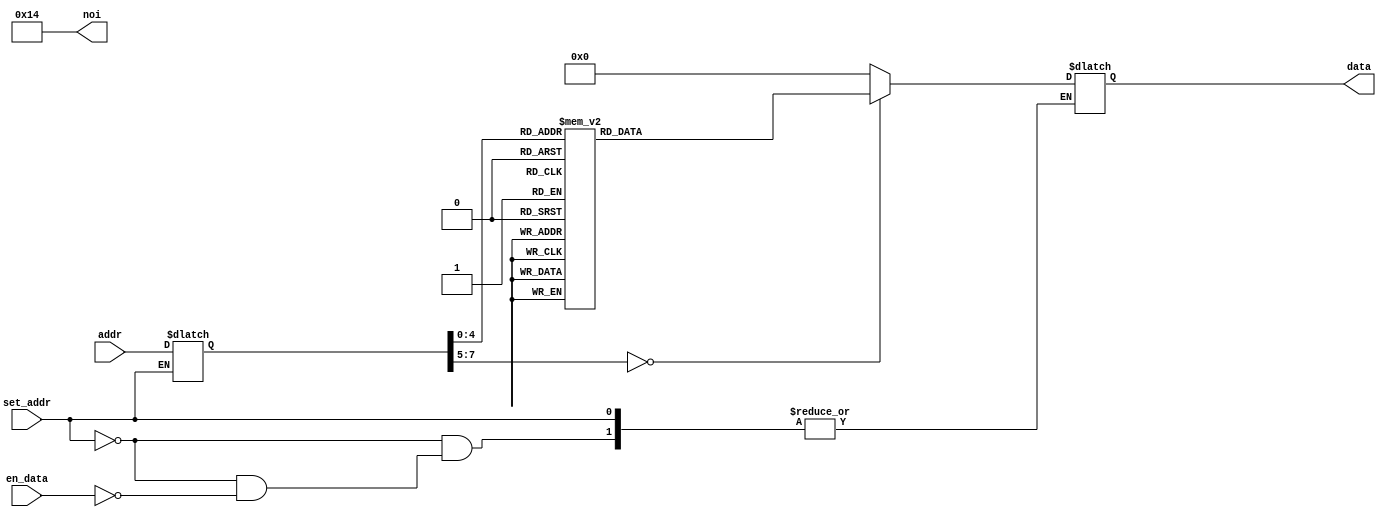
// This program was cloned from: https://github.com/FPGADude/Digital-Design
// License: GNU General Public License v3.0

`timescale 1ns / 1ps
module fibonacci_rom(
    input [7:0] addr,
    input set_addr,
    input en_data,
    output reg [7:0] noi = 8'd20,
    output reg [7:0] data = 8'b0
);

    reg [7:0] addr_reg = 8'b0;

    always @(*) begin
        if(set_addr)
            addr_reg <= addr;
        else if(en_data)
            case(addr_reg)
                8'd0: data = 8'b00100000;
                8'd1: data = 8'b00000000;
                8'd2: data = 8'b00100001;
                8'd3: data = 8'b00000001;
                8'd4: data = 8'b00100010;
                8'd5: data = 8'b11111111;
                8'd6: data = 8'b00100011;
                8'd7: data = 8'b00000110;
                8'd8: data = 8'b10000100;
                8'd9: data = 8'b01111000;
                8'd10: data = 8'b10000001;
                8'd11: data = 8'b01111001;
                8'd12: data = 8'b10001011;
                8'd13: data = 8'b01010001;
                8'd14: data = 8'b00010001;
                8'd15: data = 8'b01000000;
                8'd16: data = 8'b00001000;
                8'd17: data = 8'b01000000;
                8'd18: data = 8'b00010001;
                8'd19: data = 8'b00000000;
                default: data = 8'b0;
            endcase
    end

endmodule